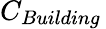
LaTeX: C_{Building}\,